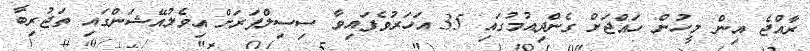
ރާއްޖެ އިން މީހުން ހައްޖަށް ގެންދިއުމުގައި 35 އަހަރުވެފައިވާ ސިސިލްފަރަށް އިވެލުއޭޝަންގައި ތަޖުރިބާ